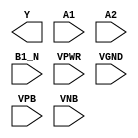
module sky130_fd_sc_hdll__a21boi (
    Y   ,
    A1  ,
    A2  ,
    B1_N,
    VPWR,
    VGND,
    VPB ,
    VNB
);

    output Y   ;
    input  A1  ;
    input  A2  ;
    input  B1_N;
    input  VPWR;
    input  VGND;
    input  VPB ;
    input  VNB ;
endmodule